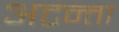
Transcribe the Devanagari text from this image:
अटन्ता